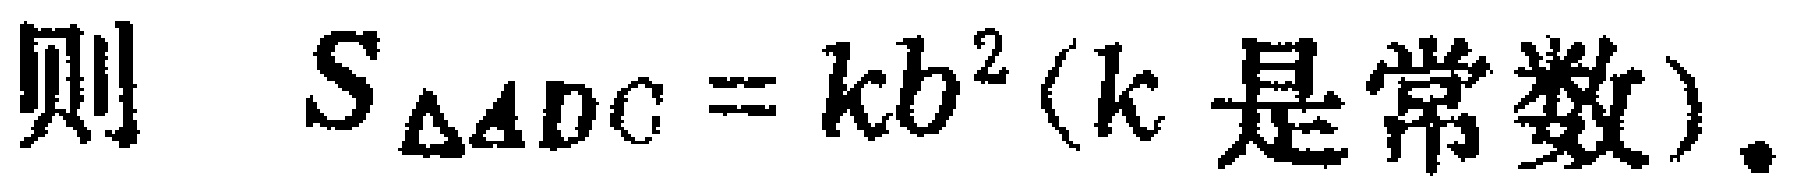
则 \(S_{\triangle ADC}=kb^{2}(k \text{ 是常数})\).